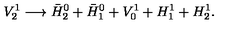
V _ { 2 } ^ { 1 } \longrightarrow \bar { H } _ { 2 } ^ { 0 } + \bar { H } _ { 1 } ^ { 0 } + V _ { 0 } ^ { 1 } + H _ { 1 } ^ { 1 } + H _ { 2 } ^ { 1 } .